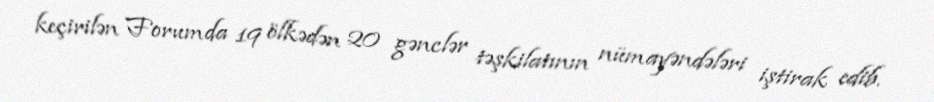
keçirilən Forumda 19 ölkədən 20 gənclər təşkilatının nümayəndələri iştirak edib.